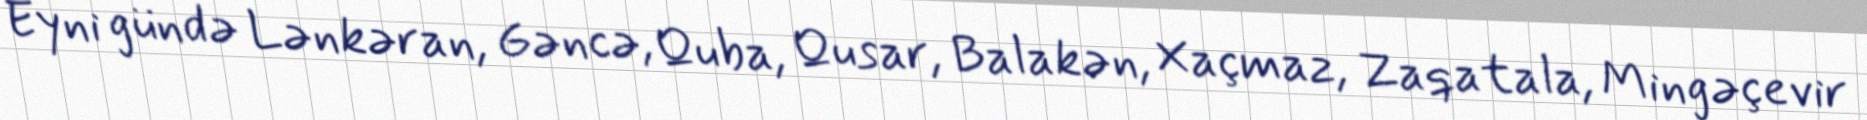
Eyni gündə Lənkəran, Gəncə, Quba, Qusar, Balakən, Xaçmaz, Zaqatala, Mingəçevir